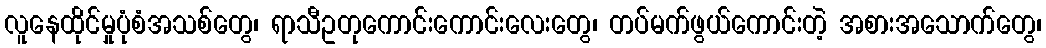
လူနေထိုင်မှုပုံစံအသစ်တွေ၊ ရာသီဥတုကောင်းကောင်းလေးတွေ၊ တပ်မက်ဖွယ်ကောင်းတဲ့ အစားအသောက်တွေ၊